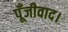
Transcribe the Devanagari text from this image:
पूँजीवाद।